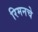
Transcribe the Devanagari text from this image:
रिमनचे